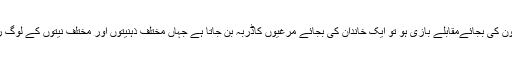
باہمی تعاون کی بجائےمقابلے بازی ہو تو ایک خاندان کی بجائے مرغیوں کاڈربہ بن جاتا ہے جہاں مختلف ذہنیتوں اور مختلف نیتوں کے لوگ رہتے ہیں۔